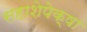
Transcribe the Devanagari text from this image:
सहाशेपेक्षा